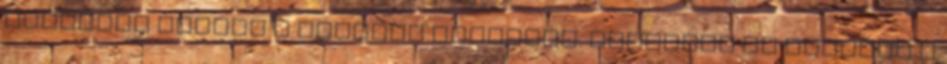
tartamai válnak a kutatás tárgyává. Unokáink ha lesznek a